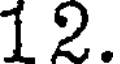
12.